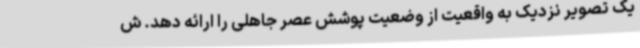
یک تصویر نزدیک به واقعیت از وضعیت پوشش عصر جاهلی را ارائه دهد. ‌ش